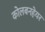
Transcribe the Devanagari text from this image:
कोलबनहेयर